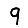
Digit: 9